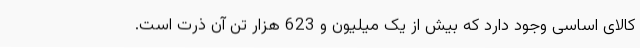
کالای اساسی وجود دارد که بیش از یک میلیون و 623 هزار تن آن ذرت است.